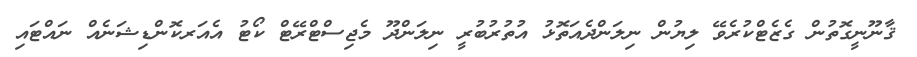
ޤާނޫނީގޮތުން ގެޒެޓްކުރެވޭ ލިޔުން ނިލަންދެއަތޮޅު އުތުރުބުރީ ނިލަންދޫ މެޖިސްޓްރޭޓް ކޯޓު އެއަރކޮންޑިޝަނެއް ނައްޓައި